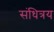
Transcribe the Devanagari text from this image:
संधित्रय